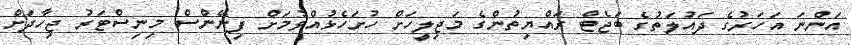
އަންނަ އަހަރުގެ ދައުލަތުގެ ބަޖެޓް ރައްޔިތުންގެ މަޖިލީހަށް ހުށަހެޅުއްވުމަށް ފިނޭންސް މިނިސްޓަރު ޖިހާދަށް